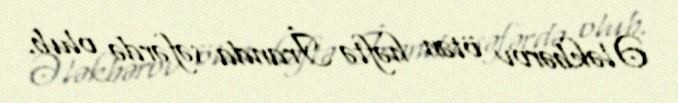
Ələkbərov ötən həftə İranda səfərdə olub.